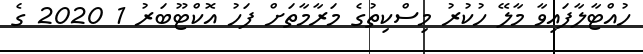
ހުއްޓާލާފައިވާ މާލޭ ހުކުރު މިސްކިތުގެ މަރާމާތަށް ފަހު އޮކްޓޫބަރު 1 2020 ގެ